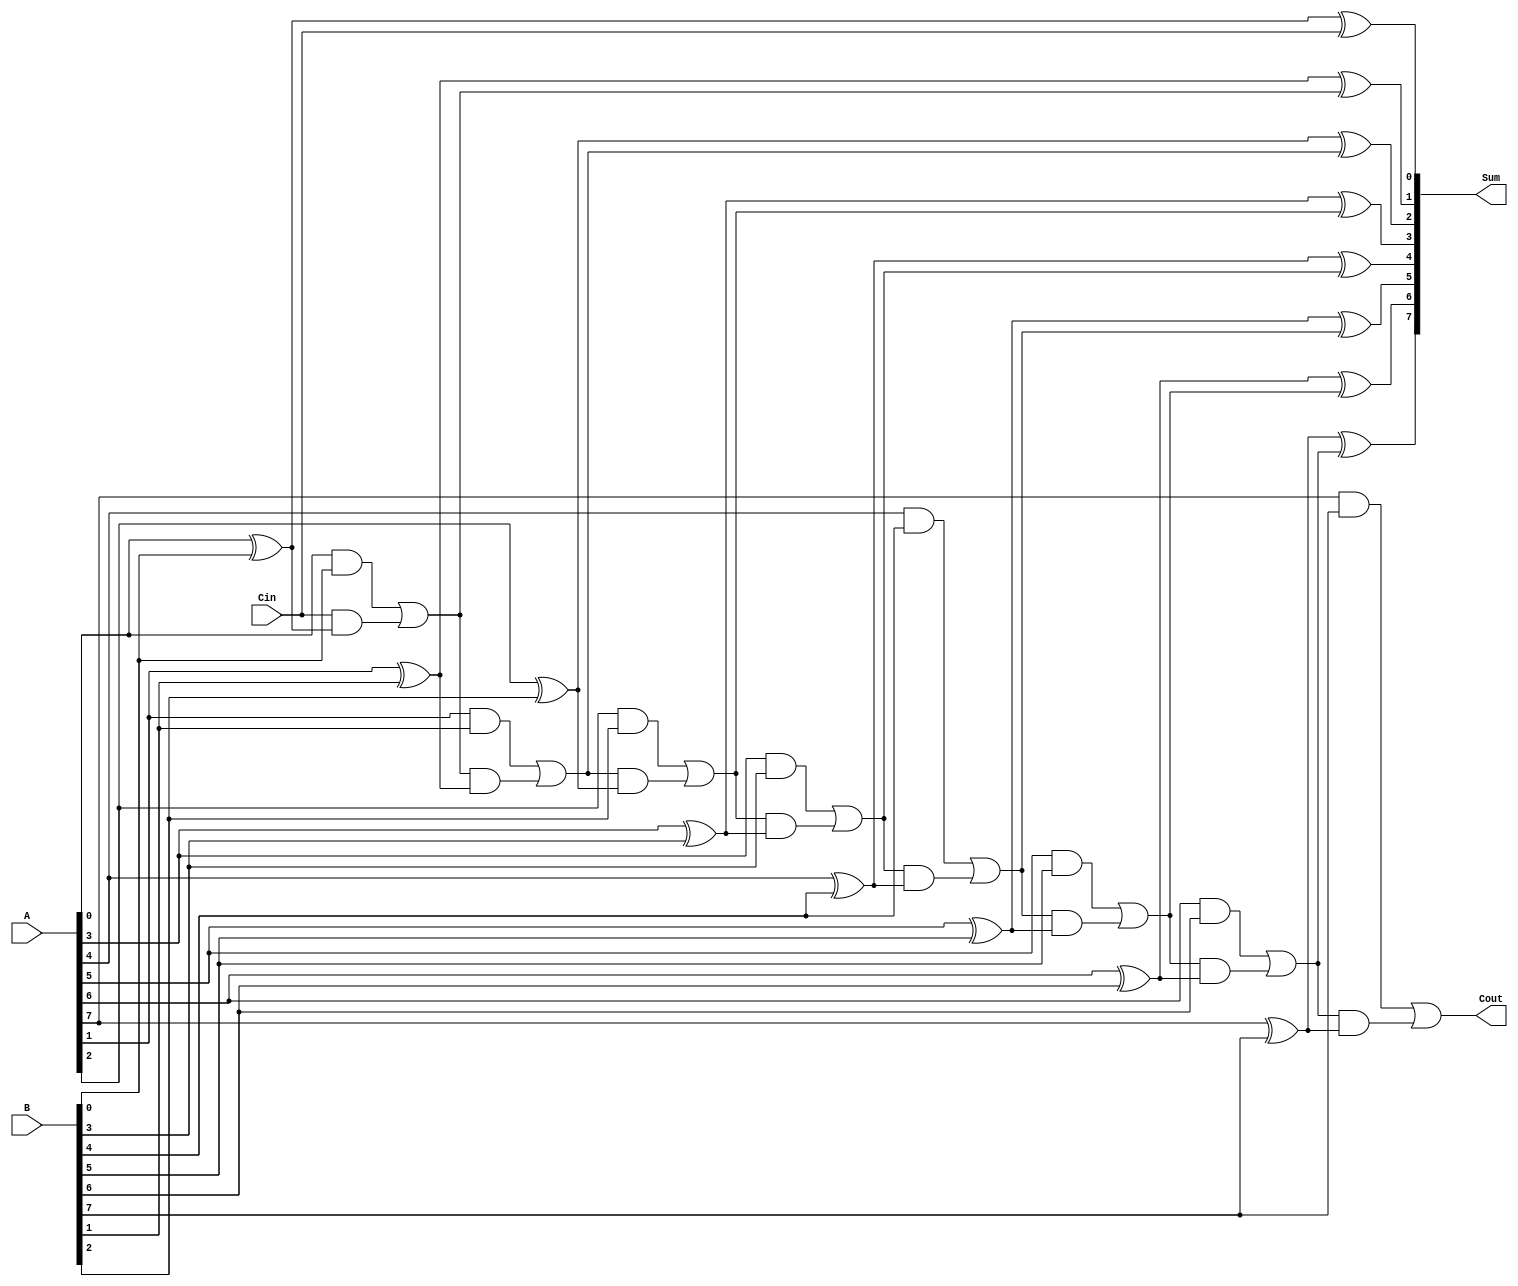
module ManchesterCarryChainAdder #(
    parameter WIDTH = 8 // Width of the adder (number of bits)
)(
    input [WIDTH-1:0] A, // First operand
    input [WIDTH-1:0] B, // Second operand
    input Cin,           // Carry-in
    output [WIDTH-1:0] Sum, // Sum output
    output Cout          // Carry-out
);

    wire [WIDTH:0] C; // Carry signals (C[0] is Cin, C[WIDTH] is Cout)
    assign C[0] = Cin; // Initial carry-in

    // Generate carry signals
    genvar i;
    generate
        for (i = 0; i < WIDTH; i = i + 1) begin : carry_generation
            assign C[i+1] = (A[i] & B[i]) | (C[i] & (A[i] ^ B[i]));
        end
    endgenerate

    // Compute sum outputs
    generate
        for (i = 0; i < WIDTH; i = i + 1) begin : sum_computation
            assign Sum[i] = A[i] ^ B[i] ^ C[i];
        end
    endgenerate

    // Final carry-out
    assign Cout = C[WIDTH];

endmodule